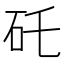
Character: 矺